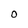
Character: O